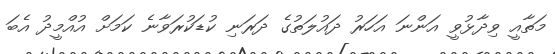
މަތާއީ ވިދާޅުވީ އަންނަ އަހަރު ދައުލަތުގެ ދަރަނި ކުޑަކުރަވާނެ ކަމަށް އުއްމީދު އެބަ